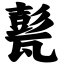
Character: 甏